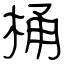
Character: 桶